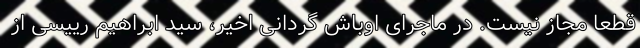
قطعا مجاز نیست. در ماجرای اوباش گردانی اخیر، سید ابراهیم رییسی از